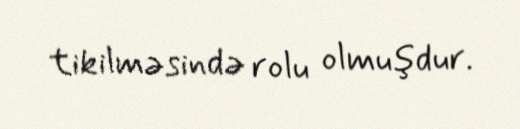
tikilməsində rolu olmuşdur.